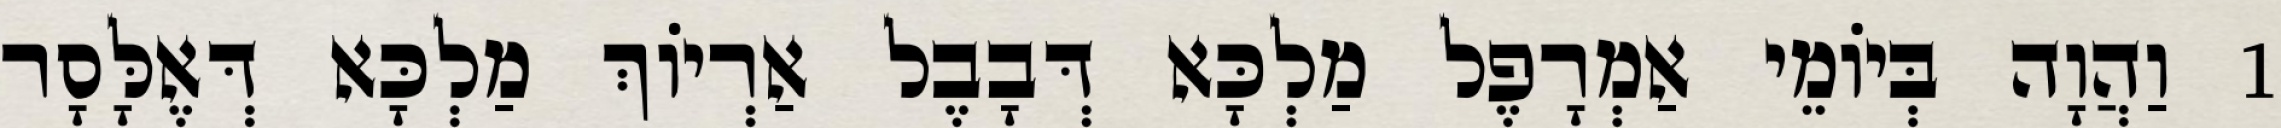
1 וַהֲוָה בְּיוֹמֵי אַמְרָפֶל מַלְכָּא דְּבָבֶל אַרְיוֹךְ מַלְכָּא דְּאֶלָּסָר